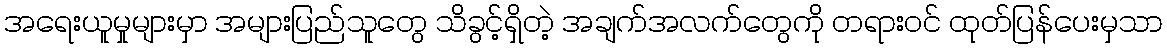
အရေးယူမှုများမှာ အများပြည်သူတွေ သိခွင့်ရှိတဲ့ အချက်အလက်တွေကို တရားဝင် ထုတ်ပြန်ပေးမှသာ